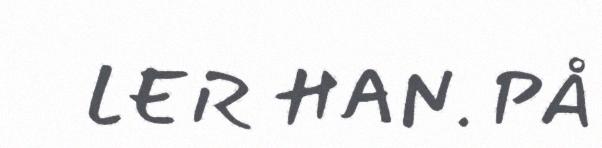
LER HAN. PÅ